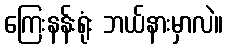
ကြေးနန်းရုံး ဘယ်နားမှာလဲ။